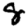
Digit: 8